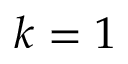
k = 1